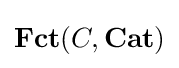
{\textbf {Fct}}(C,{\textbf {Cat}})